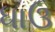
ધાઉ